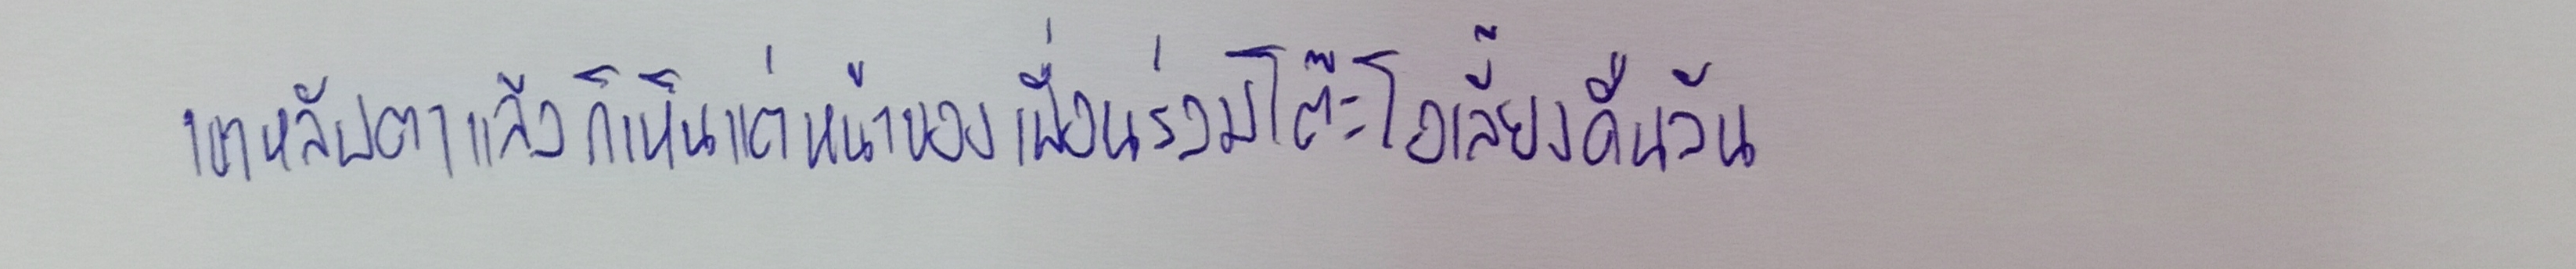
เขาหลับตาแล้วก็เห็นแต่หน้าของเพื่อนร่วมโต๊ะโอเลี้ยงคืนวัน